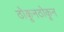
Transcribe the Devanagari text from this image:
ठोकूनठोकून